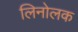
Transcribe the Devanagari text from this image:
लिनोलक